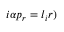
i \alpha p _ { r } = l _ { i } r )